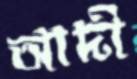
আদী